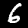
Label: 6